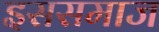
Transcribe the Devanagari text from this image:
इससमाज